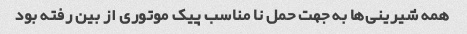
همه شیرینی‌ها به جهت حمل نا مناسب پیک موتوری از بین رفته بود